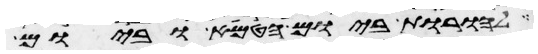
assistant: להורות ביום הטמא וביום